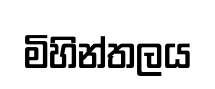
මිහින්තලය